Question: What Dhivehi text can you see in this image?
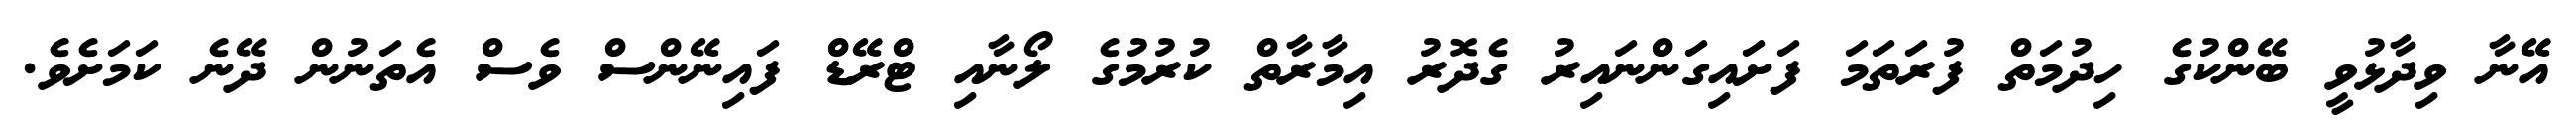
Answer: އޭނާ ވިދާޅުވީ ބޭންކުގެ ހިދުމަތް ފުރަތަމަ ފަށައިގަންނައިރު ގެދޮރު އިމާރާތް ކުރުމުގެ ލޯނާއި ޓްރޭޑް ފައިނޭންސް ވެސް އެތަނުން ދޭނެ ކަމަށެވެ.